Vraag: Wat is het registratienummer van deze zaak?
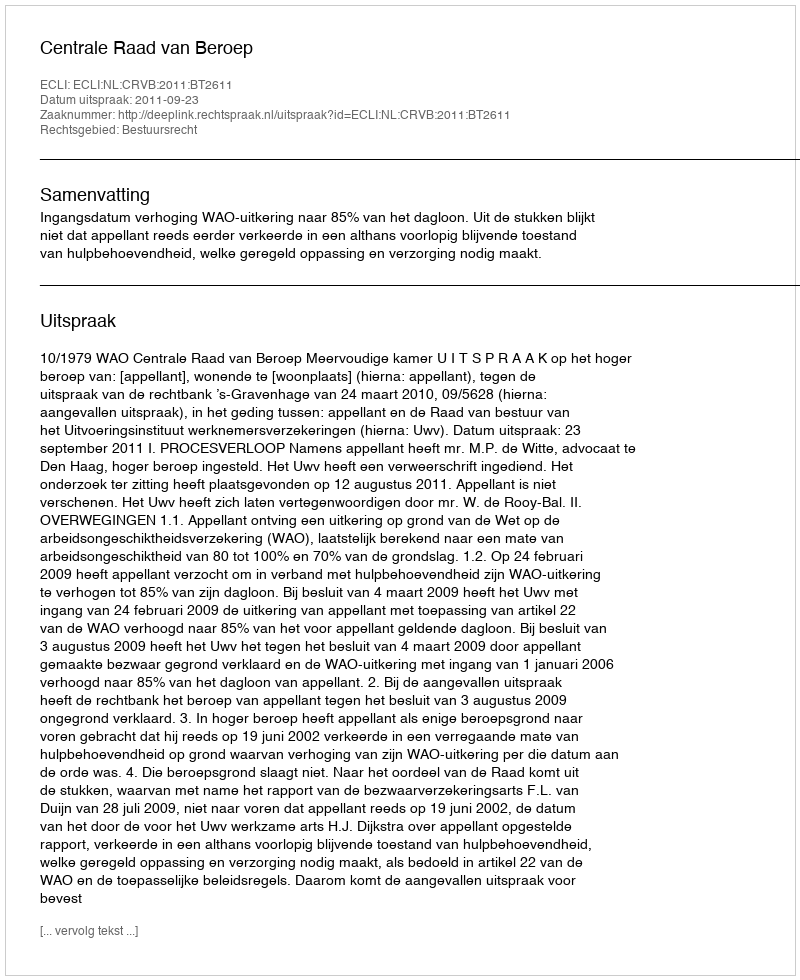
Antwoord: http://deeplink.rechtspraak.nl/uitspraak?id=ECLI:NL:CRVB:2011:BT2611